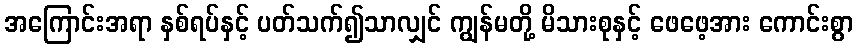
အကြောင်းအရာ နှစ်ရပ်နှင့် ပတ်သက်၍သာလျှင် ကျွန်မတို့ မိသားစုနှင့် ဖေဖေ့အား ကောင်းစွာ